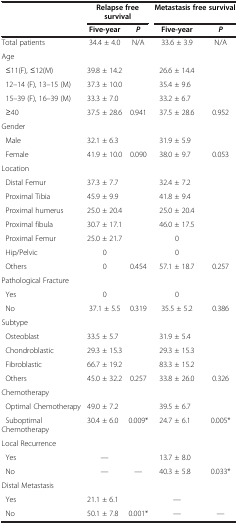
<table><thead><tr><td><b> </b></td><td colspan="2"><b>Relapse free survival</b></td><td colspan="2"><b>Metastasis free survival</b></td></tr><tr><td><b> </b></td><td><b>Five-year</b></td><td><b><i>P</i></b></td><td><b>Five-year</b></td><td><b><i>P</i></b></td></tr></thead><tbody><tr><td>Total patients</td><td>34.4 ± 4.0</td><td>N/A</td><td>33.6 ± 3.9</td><td>N/A</td></tr><tr><td>Age</td><td> </td><td> </td><td> </td><td> </td></tr><tr><td> ≤11(F), ≤12(M)</td><td>39.8 ± 14.2</td><td> </td><td>26.6 ± 14.4</td><td> </td></tr><tr><td> 12–14 (F), 13–15 (M)</td><td>37.3 ± 10.0</td><td> </td><td>35.4 ± 9.6</td><td> </td></tr><tr><td>15–39 (F), 16–39 (M)</td><td>33.3 ± 7.0</td><td> </td><td>33.2 ± 6.7</td><td> </td></tr><tr><td> ≥40</td><td>37.5 ± 28.6</td><td>0.941</td><td>37.5 ± 28.6</td><td>0.952</td></tr><tr><td>Gender</td><td> </td><td> </td><td> </td><td> </td></tr><tr><td> Male</td><td>32.1 ± 6.3</td><td> </td><td>31.9 ± 5.9</td><td> </td></tr><tr><td> Female</td><td>41.9 ± 10.0</td><td>0.090</td><td>38.0 ± 9.7</td><td>0.053</td></tr><tr><td>Location</td><td> </td><td> </td><td> </td><td> </td></tr><tr><td> Distal Femur</td><td>37.3 ± 7.7</td><td> </td><td>32.4 ± 7.2</td><td> </td></tr><tr><td> Proximal Tibia</td><td>45.9 ± 9.9</td><td> </td><td>41.8 ± 9.4</td><td> </td></tr><tr><td> Proximal humerus</td><td>25.0 ± 20.4</td><td> </td><td>25.0 ± 20.4</td><td> </td></tr><tr><td> Proximal fibula</td><td>30.7 ± 17.1</td><td> </td><td>46.0 ± 17.5</td><td> </td></tr><tr><td> Proximal Femur</td><td>25.0 ± 21.7</td><td> </td><td>0</td><td> </td></tr><tr><td> Hip/Pelvic</td><td>0</td><td> </td><td>0</td><td> </td></tr><tr><td> Others</td><td>0</td><td>0.454</td><td>57.1 ± 18.7</td><td>0.257</td></tr><tr><td>Pathological Fracture</td><td> </td><td> </td><td> </td><td> </td></tr><tr><td> Yes</td><td>0</td><td> </td><td>0</td><td> </td></tr><tr><td> No</td><td>37.1 ± 5.5</td><td>0.319</td><td>35.5 ± 5.2</td><td>0.386</td></tr><tr><td>Subtype</td><td> </td><td> </td><td> </td><td> </td></tr><tr><td> Osteoblast</td><td>33.5 ± 5.7</td><td> </td><td>31.9 ± 5.4</td><td> </td></tr><tr><td> Chondroblastic</td><td>29.3 ± 15.3</td><td> </td><td>29.3 ± 15.3</td><td> </td></tr><tr><td> Fibroblastic</td><td>66.7 ± 19.2</td><td> </td><td>83.3 ± 15.2</td><td> </td></tr><tr><td> Others</td><td>45.0 ± 32.2</td><td>0.257</td><td>33.8 ± 26.0</td><td>0.326</td></tr><tr><td>Chemotherapy</td><td> </td><td> </td><td> </td><td> </td></tr><tr><td> Optimal Chemotherapy</td><td>49.0 ± 7.2</td><td> </td><td>39.5 ± 6.7</td><td> </td></tr><tr><td> Suboptimal Chemotherapy</td><td>30.4 ± 6.0</td><td>0.009*</td><td>24.7 ± 6.1</td><td>0.005*</td></tr><tr><td>Local Recurrence</td><td> </td><td> </td><td> </td><td> </td></tr><tr><td> Yes</td><td>—</td><td> </td><td>13.7 ± 8.0</td><td> </td></tr><tr><td> No</td><td>—</td><td>—</td><td>40.3 ± 5.8</td><td>0.033*</td></tr><tr><td>Distal Metastasis</td><td> </td><td> </td><td> </td><td> </td></tr><tr><td> Yes</td><td>21.1 ± 6.1</td><td> </td><td>—</td><td> </td></tr><tr><td> No</td><td>50.1 ± 7.8</td><td>0.001*</td><td>—</td><td>—</td></tr></tbody></table>